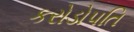
કરોડોપતિ